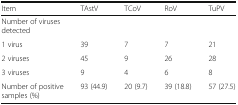
<table><thead><tr><td><b>Item</b></td><td><b>TAstV</b></td><td><b>TCoV</b></td><td><b>RoV</b></td><td><b>TuPV</b></td></tr></thead><tbody><tr><td>Number of viruses detected</td><td></td><td></td><td></td><td></td></tr><tr><td>1 virus</td><td>39</td><td>7</td><td>7</td><td>21</td></tr><tr><td>2 viruses</td><td>45</td><td>9</td><td>26</td><td>28</td></tr><tr><td>3 viruses</td><td>9</td><td>4</td><td>6</td><td>8</td></tr><tr><td>Number of positive samples (%)</td><td>93 (44.9)</td><td>20 (9.7)</td><td>39 (18.8)</td><td>57 (27.5)</td></tr></tbody></table>